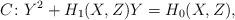
LaTeX: \begin{align*} C \colon Y^2 + H_1(X,Z)Y = H_0(X,Z),\end{align*}